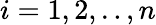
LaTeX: i=1,2,..,n